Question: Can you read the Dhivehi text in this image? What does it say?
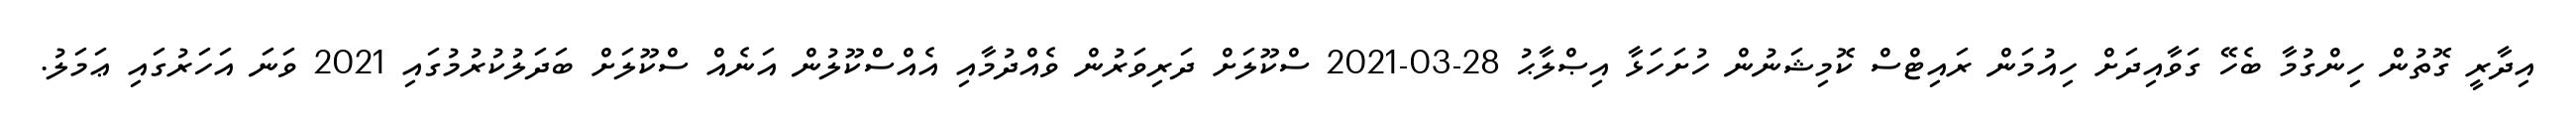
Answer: އިދާރީ ގޮތުން ހިންގުމާ ބެހޭ ގަވާއިދަށް ހިއުމަން ރައިޓްސް ކޮމިޝަނުން ހުށަހަޅާ އިޞްލާޙު 28-03-2021 ސްކޫލަށް ދަރިވަރުން ވެއްދުމާއި އެއްސްކޫލުން އަނެއް ސްކޫލަށް ބަދަލުކުރުމުގައި 2021 ވަނަ އަހަރުގައި ޢަމަލު.